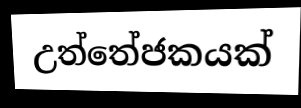
උත්තේජකයක්